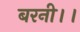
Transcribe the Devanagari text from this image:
बरनी।।